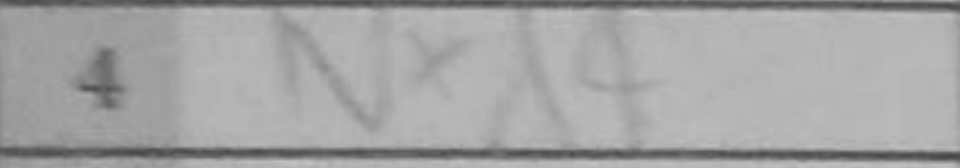
Transcription: Nxh4